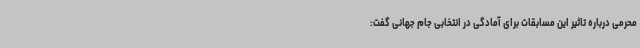
محرمی درباره تاثیر این مسابقات برای آمادگی در انتخابی جام جهانی گفت: